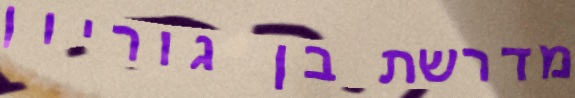
מדרשת בן גוריון